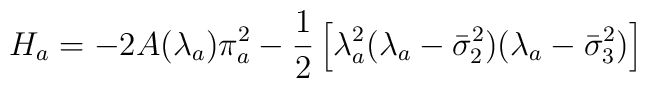
H_a=-2 A(\lambda_a) \pi_a^2-\frac{1}{2} \left[\lambda_a^2(\lambda_a-\bar{\sigma}_2^2)(\lambda_a-\bar{\sigma}_3^2)\right]